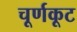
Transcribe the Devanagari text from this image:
चूर्णकूट